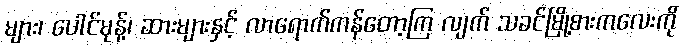
များ၊ ပေါင်မုန့်၊ ဆားများနှင့် လာရောက်ကန်တော့ကြ လျက် သခင်မြို့စားကလေးကို